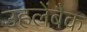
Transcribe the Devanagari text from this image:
उहलेंबैक